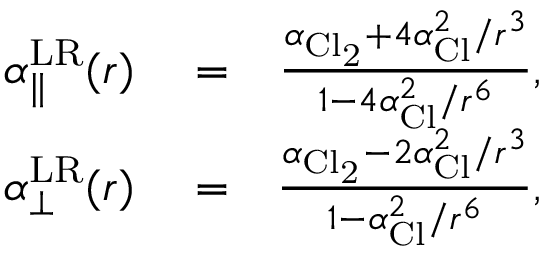
\begin{array} { r l r } { \alpha _ { \parallel } ^ { \mathrm { L R } } ( r ) } & { { } = } & { \frac { \alpha _ { \mathrm { C l _ { 2 } } } + 4 \alpha _ { \mathrm { C l } } ^ { 2 } / r ^ { 3 } } { 1 - 4 \alpha _ { \mathrm { C l } } ^ { 2 } / r ^ { 6 } } , } \\ { \alpha _ { \bot } ^ { \mathrm { L R } } ( r ) } & { { } = } & { \frac { \alpha _ { \mathrm { C l _ { 2 } } } - 2 \alpha _ { \mathrm { C l } } ^ { 2 } / r ^ { 3 } } { 1 - \alpha _ { \mathrm { C l } } ^ { 2 } / r ^ { 6 } } , } \end{array}